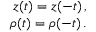
\begin{array} { r } { z ( t ) = z ( - t ) \, , } \\ { \rho ( t ) = \rho ( - t ) \, . } \end{array}